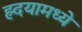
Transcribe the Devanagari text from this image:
ह्र्दयामध्ये